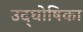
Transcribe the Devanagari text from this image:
उद्‌घोषिका